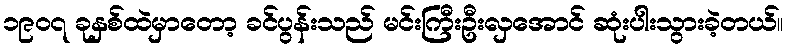
၁၉၀၇ ခုနှစ်ထဲမှာတော့ ခင်ပွန်းသည် မင်းကြီးဦးလှအောင် ဆုံးပါးသွားခဲ့တယ်။